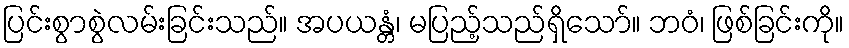
ပြင်းစွာစွဲလမ်းခြင်းသည်။ အပယန္တံ၊ မပြည့်သည်ရှိသော်။ ဘဝံ၊ ဖြစ်ခြင်းကို။